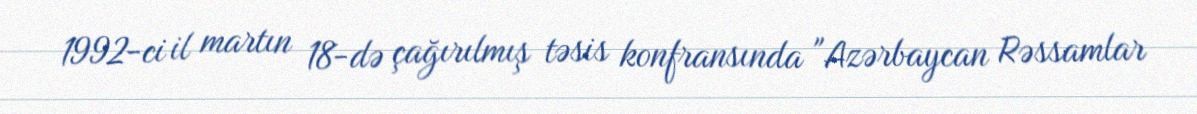
1992-ci il martın 18-də çağırılmış təsis konfransında "Azərbaycan Rəssamlar